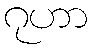
ဂုဟာ